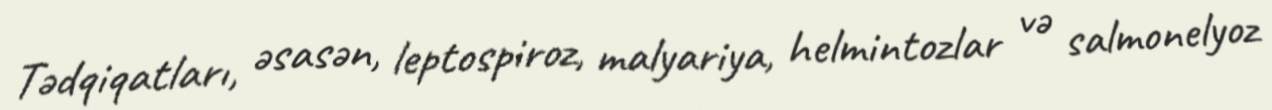
Tədqiqatları, əsasən, leptospiroz, malyariya, helmintozlar və salmonelyoz